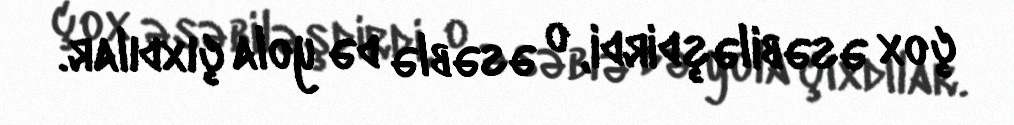
çox əsəbiləşdirdi, o əsəblə də yola çıxdılar.